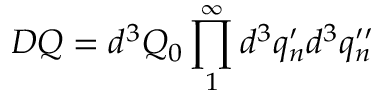
D Q = d ^ { 3 } Q _ { 0 } \prod _ { 1 } ^ { \infty } d ^ { 3 } q _ { n } ^ { \prime } d ^ { 3 } q _ { n } ^ { \prime \prime }